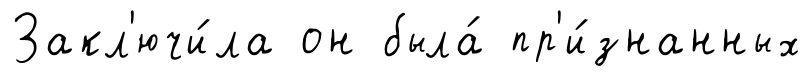
Закл'ючи́ла он была́ пр'и́знанных